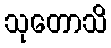
သုတောသိ